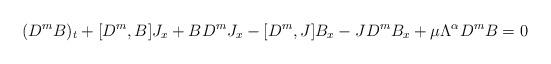
LaTeX: \begin{align*}(D^mB)_t+[D^m, B]J_x+BD^m J_x-[D^m, J]B_x-JD^m B_x+\mu \Lambda^\alpha D^mB=0\end{align*}